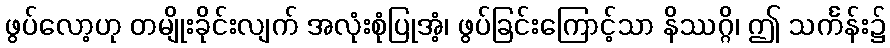
ဖွပ်လော့ဟု တမျိုးခိုင်းလျက် အလုံးစုံပြုအံ့၊ ဖွပ်ခြင်းကြောင့်သာ နိဿဂ္ဂိ၊ ဤ သင်္ကန်း၌